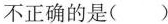
不正确的是( )